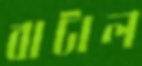
বাটাল